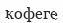
кофеге